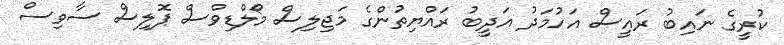
ކުރީގެ ނައިބު ރައީސް އަހުމަދު އަދީބު ރައްޔިތުންގެ މަޖިލިސް މޯލްޑިވްސް ޕޮލިސް ސާވިސް